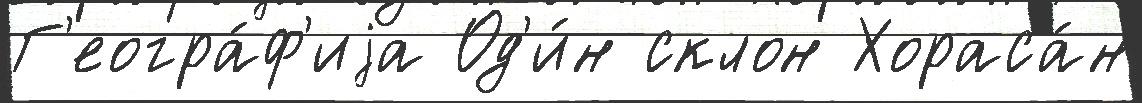
Г'еогра́ф'иjа Од'и́н склон Хораса́н